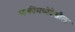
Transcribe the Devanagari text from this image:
व्यक्तींमध्येदेखील